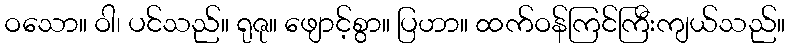
ဝသော။ ဝါ၊ ပင်သည်။ ရုဇု။ ဖျောင့်စွာ။ ပြဟာ။ ထက်ဝန်ကြင်ကြီးကျယ်သည်။